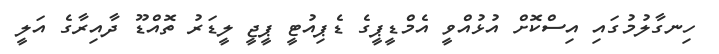
ހިނގާލުމުގައި އިސްކޮށް އުޅުއްވީ އެމްޑީޕީގެ ޑެޕިއުޓީ ޕީޖީ ލީޑަރު ތޮއްޑޫ ދާއިރާގެ އަލީ